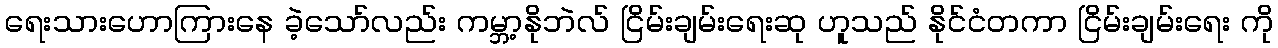
ရေးသားဟောကြားနေ ခဲ့သော်လည်း ကမ္ဘာ့နိုဘဲလ် ငြိမ်းချမ်းရေးဆု ဟူသည် နိုင်ငံတကာ ငြိမ်းချမ်းရေး ကို